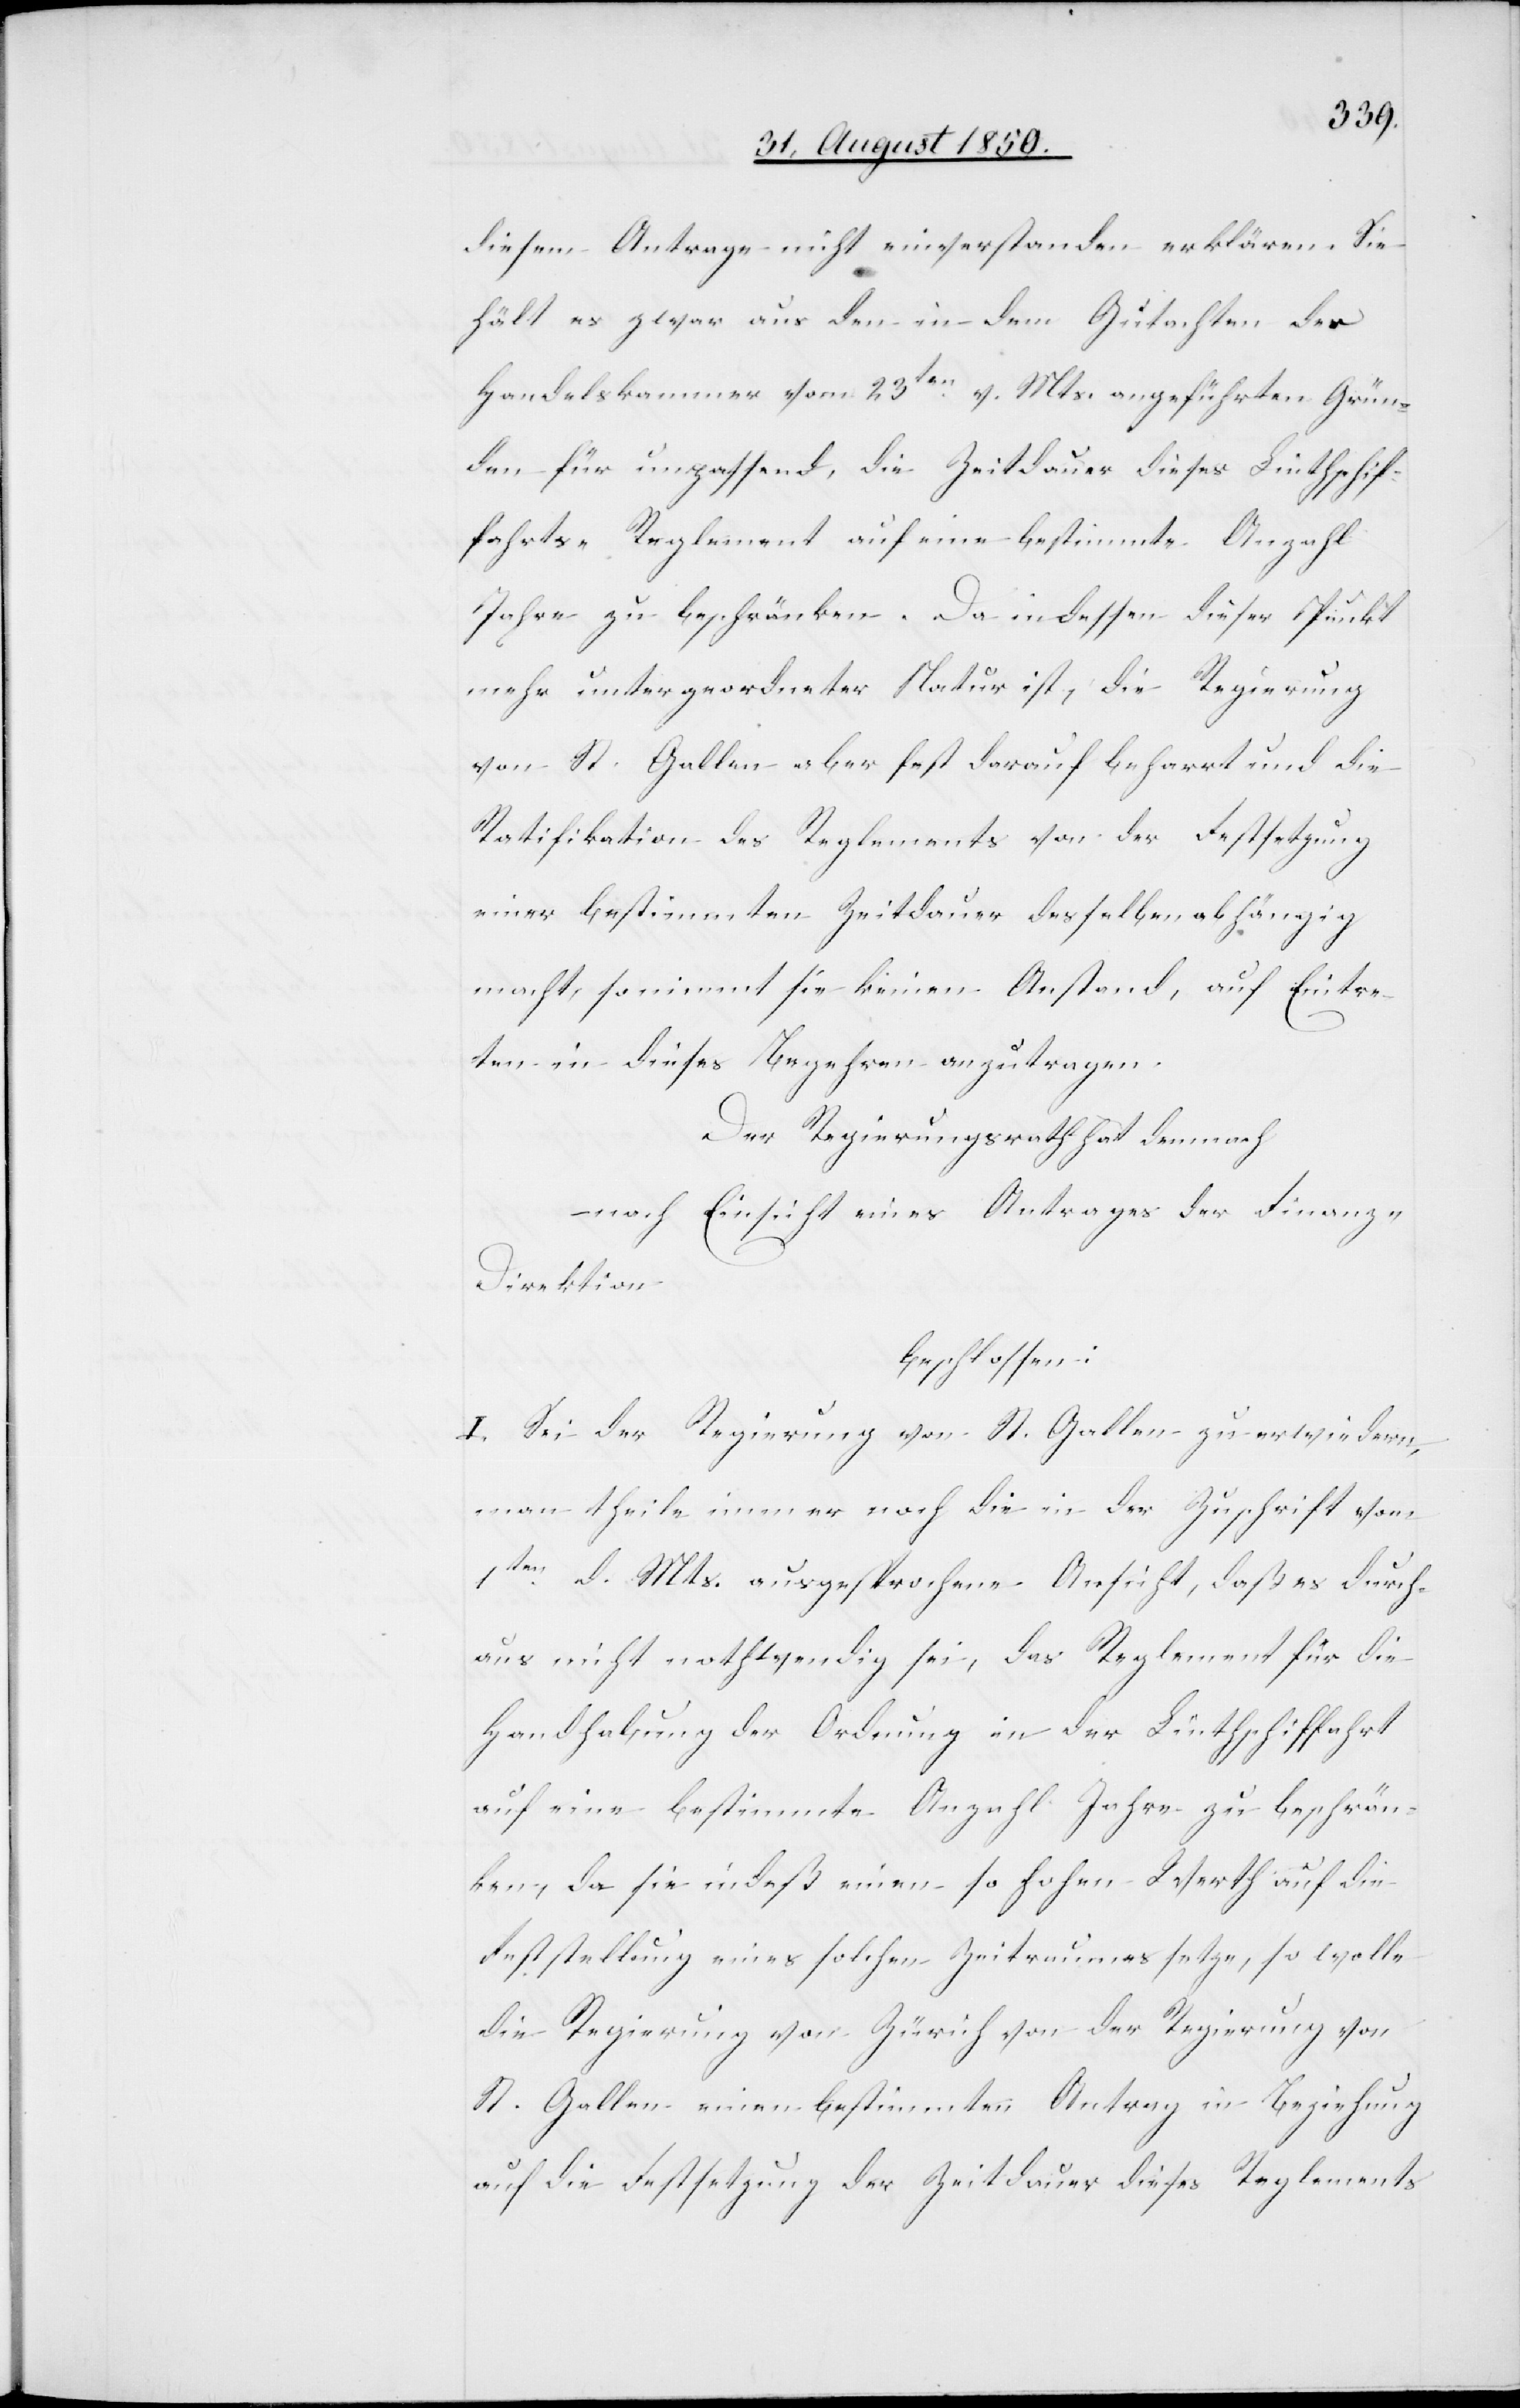
diesem Antrage nicht einverstanden erklären. Sie
hält es zwar aus den in dem Gutachten der
Handelskammer vom 23ten v. Mts. angeführten Grün¬
den für unpassend, die Zeitdauer dieses Linthschif¬
fahrts-Reglement auf eine bestimmte Anzahl
Jahre zu beschränken. Da indessen dieser Punkt
mehr untergeordneter Natur ist, die Regierung
von St. Gallen aber fest darauf beharrt und die
Ratifikation des Reglements von der Festsetzung
einer bestimmten Zeitdauer desselben abhängig
macht, so nimmt sie keinen Anstand, auf Eintre¬
ten in dieses Begehren anzutragen.
Der Regierungsrath hat demnach
nach Einsicht eines Antrages der Finanz-D¬
irektion
beschlossen:
I. Sei der Regierung von St. Gallen zu erwiedern,
man theile immer noch die in der Zuschrift vom
1ten d. Mts. ausgesprochene Ansicht, daß es durch¬
aus nicht nothwendig sei, das Reglement für die
Handhabung der Ordnung in der Linthschiffahrt
auf eine bestimmte Anzahl Jahre zu beschrän¬
ken, da sie indeß einen so hohen Werth auf die
Feststellung eines solchen Zeitraumes setze, so wolle
die Regierung von Zürich von der Regierung von
St. Gallen einen bestimmten Antrag in Beziehung
auf die Festsetzung der Zeitdauer dieses Reglements